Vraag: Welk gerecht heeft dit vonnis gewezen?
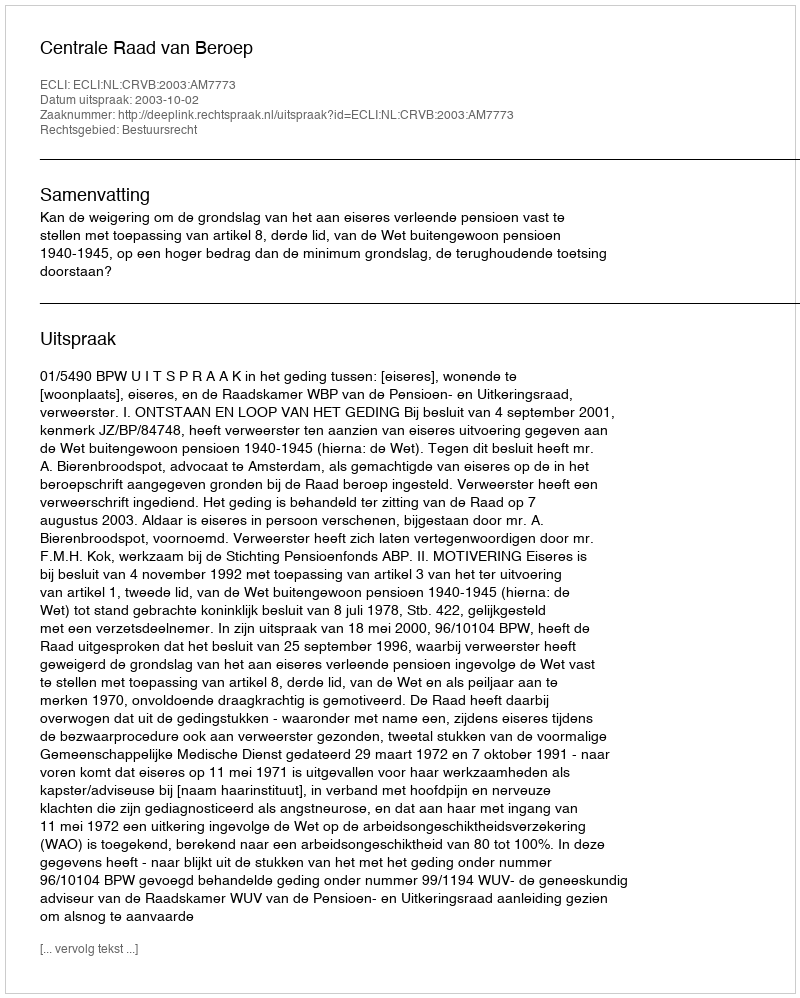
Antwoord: Centrale Raad van Beroep